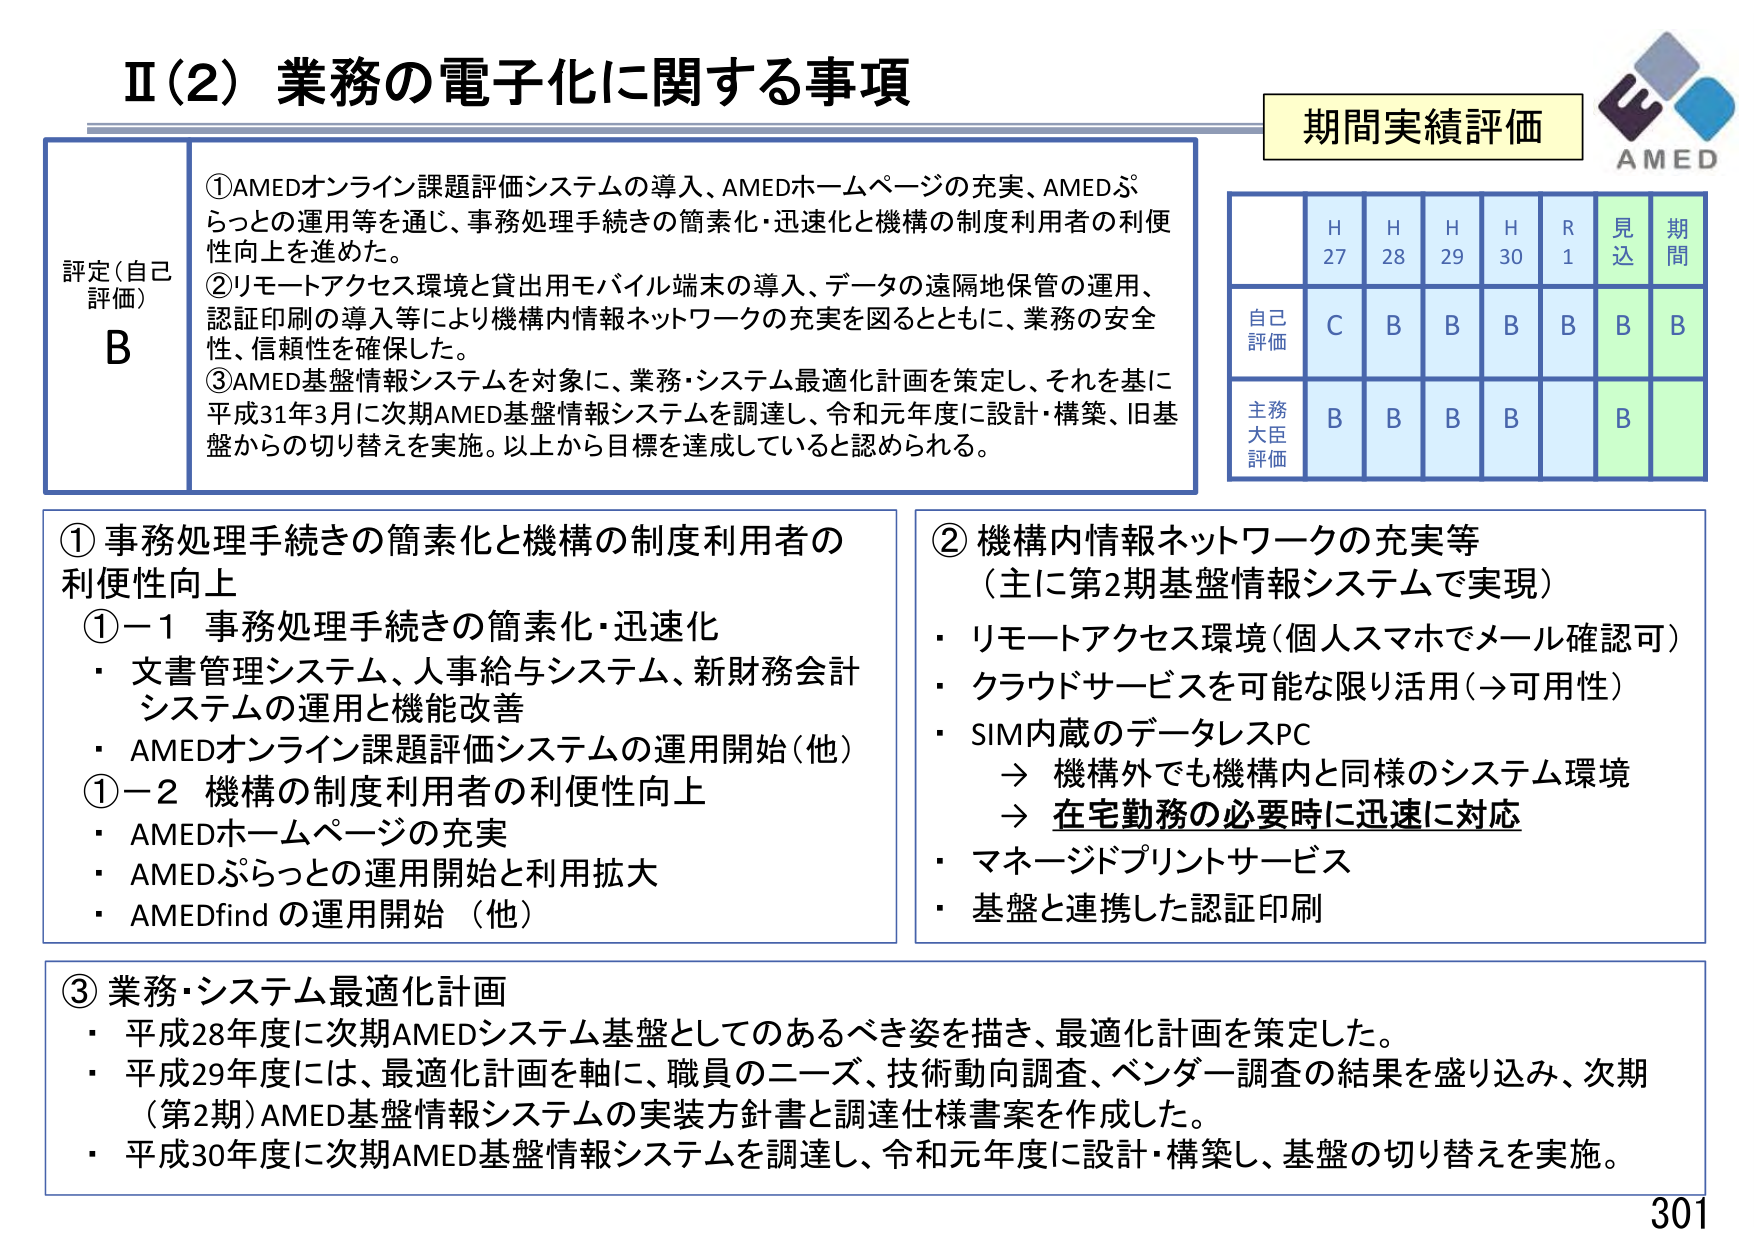
Ⅱ（2）業務の電子化に関する事項

評定（自己評価） B

①AMEDオンライン課題評価システムの導入、AMEDホームページの充実、AMEDぷらっとの運用等を通じ、事務処理手続きの簡素化・迅速化と機構の制度利用者の利便性向上を進めた。
②リモートアクセス環境と貸出用モバイル端末の導入、データの遠隔地保管の運用、認証印刷の導入等により機構内情報ネットワークの充実を図るとともに、業務の安全性、信頼性を確保した。
③AMED基盤情報システムを対象に、業務・システム最適化計画を策定し、それを基に平成31年3月に次期AMED基盤情報システムを調達し、令和元年度に設計・構築、旧基盤からの切り替えを実施。以上から目標を達成していると認められる。

期間実績評価

H27 H28 H29 H30 R1 見込 期間
自己評価 C B B B B B B
主務大臣評価 B B B B B

①事務処理手続きの簡素化と機構の制度利用者の利便性向上
①－1 事務処理手続きの簡素化・迅速化
・文書管理システム、人事給与システム、新財務会計システムの運用と機能改善
・AMEDオンライン課題評価システムの運用開始（他）
①－2 機構の制度利用者の利便性向上
・AMEDホームページの充実
・AMEDぷらっとの運用開始と利用拡大
・AMEDfind の運用開始（他）

②機構内情報ネットワークの充実等
（主に第2期基盤情報システムで実現）
・リモートアクセス環境（個人スマホでメール確認可）
・クラウドサービスを可能な限り活用（→可用性）
・SIM内蔵のデータレスPC
→ 機構外でも機構内と同様のシステム環境
→ 在宅勤務の必要時に迅速に対応
・マネージドプリントサービス
・基盤と連携した認証印刷

③業務・システム最適化計画
・平成28年度に次期AMEDシステム基盤としてのるべき姿を描き、最適化計画を策定した。
・平成29年度には、最適化計画を軸に、職員のニーズ、技術動向調査、ベンダー調査の結果を盛り込み、次期（第2期）AMED基盤情報システムの実装方針書と調達仕様書案を作成した。
・平成30年度に次期AMED基盤情報システムを調達し、令和元年度に設計・構築し、基盤の切り替えを実施。

301